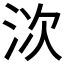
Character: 𣳩